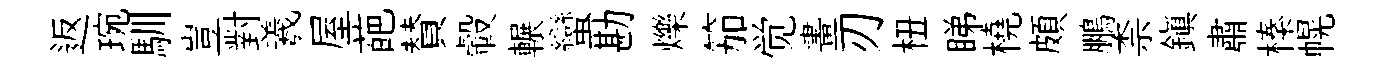
返琬馴豈對羲屋葩賛轂輾蠻勘爍笳觉畫刃杻睇橈頗鵬柰鎭肅榛幌